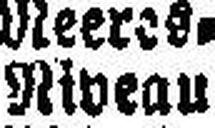
Niveau